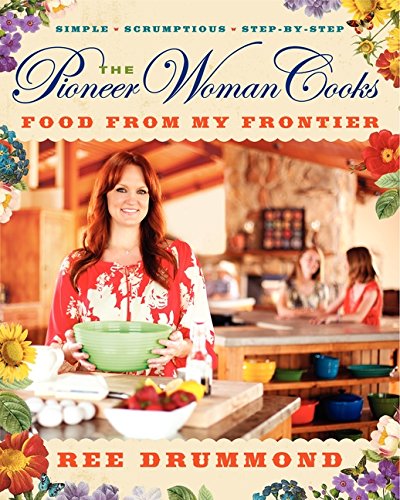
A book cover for The Pioneer Woman Cooks: Food from My Frontier; Ree Drummond; Cookbooks, Food & Wine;